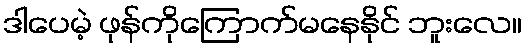
ဒါပေမဲ့ ဖုန်ကိုကြောက်မနေနိုင် ဘူးလေ။